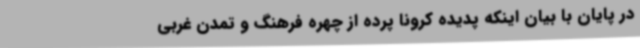
در پایان با بیان اینکه پدیده کرونا پرده از چهره فرهنگ و تمدن غربی